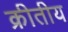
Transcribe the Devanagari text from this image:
क्रीतीय